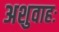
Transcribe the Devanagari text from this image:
अशुवाहः